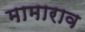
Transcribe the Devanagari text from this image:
मामाराव